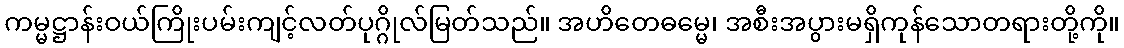
ကမ္မဋ္ဌာန်းဝယ်ကြိုးပမ်းကျင့်လတ်ပုဂ္ဂိုလ်မြတ်သည်။ အဟိတေဓမ္မေ၊ အစီးအပွားမရှိကုန်သောတရားတို့ကို။